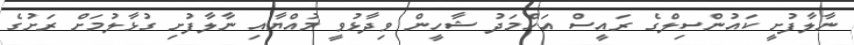
ނާލާފުށީ ކައުންސިލްގެ ރައީސް އަހްމަދު ޝާހީން ވިދާޅުވީ މުއްޔާއި ނާލާފުށި ގުޅާލުމަށް ރަށުގެ